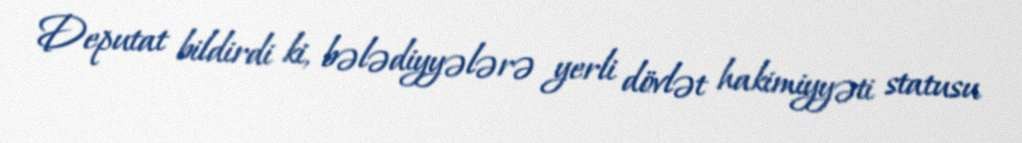
Deputat bildirdi ki, bələdiyyələrə yerli dövlət hakimiyyəti statusu